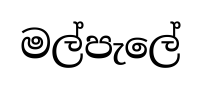
මල්පැලේ